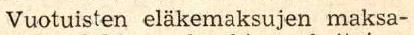
Vuotuisten eläkemaksujen maksa-